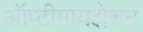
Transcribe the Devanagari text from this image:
ऑप्टीमायझेशन